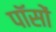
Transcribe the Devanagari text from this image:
पॉसों